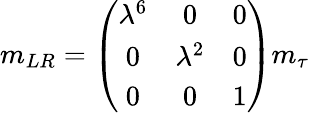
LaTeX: m_{LR}=\left(\begin{array}{ccc}{{\lambda^{6}}}&{{0}}&{{0}}\\ {{0}}&{{\lambda^{2}}}&{{0}}\\ {{0}}&{{0}}&{{1}}\end{array}\right)m_{\tau}